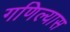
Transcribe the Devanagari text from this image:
गणिल्यास